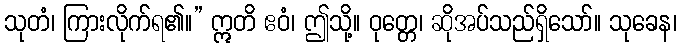
သုတံ၊ ကြားလိုက်ရ၏။” ဣတိ ဧဝံ၊ ဤသို့။ ဝုတ္တေ၊ ဆိုအပ်သည်ရှိသော်။ သုခေန၊